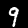
Digit: 9